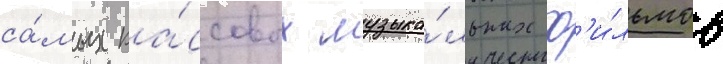
са́мых ка́ссовых музыка́льных ф'и́льмов